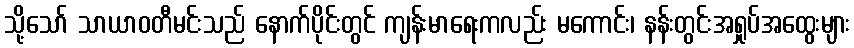
သို့သော် သာယာဝတီမင်းသည် နောက်ပိုင်းတွင် ကျန်းမာရေးကလည်း မကောင်း၊ နန်းတွင်းအရှုပ်အထွေးများ